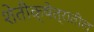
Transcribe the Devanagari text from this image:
शेतीक्षेत्रातील